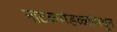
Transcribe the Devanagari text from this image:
नाटकमंडळ्यांमधून